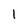
Character: l